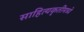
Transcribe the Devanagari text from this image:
साहित्यकृतींमध्ये